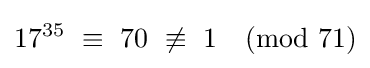
17^{35}\ \equiv \ 70\ \not \equiv \ 1{\pmod {71}}